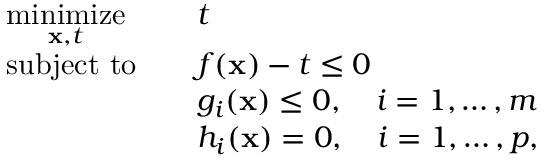
{ \begin{array} { r l r l } & { { \underset { \mathbf { x } , t } { \operatorname { m i n i m i z e } } } } & & { t } \\ & { \operatorname { s u b j e c t \ t o } } & & { f ( \mathbf { x } ) - t \leq 0 } \\ & { } & & { g _ { i } ( \mathbf { x } ) \leq 0 , \quad i = 1 , \dots , m } \\ & { } & & { h _ { i } ( \mathbf { x } ) = 0 , \quad i = 1 , \dots , p , } \end{array} }